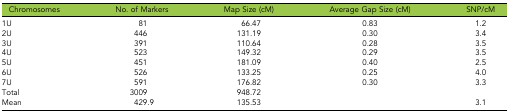
<table><thead><tr><td><b>Chromosomes</b></td><td><b>No. of Markers</b></td><td><b>Map Size (cM)</b></td><td><b>Average Gap Size (cM)</b></td><td><b>SNP/cM</b></td></tr></thead><tbody><tr><td>1U</td><td>81</td><td>66.47</td><td>0.83</td><td>1.2</td></tr><tr><td>2U</td><td>446</td><td>131.19</td><td>0.30</td><td>3.4</td></tr><tr><td>3U</td><td>391</td><td>110.64</td><td>0.28</td><td>3.5</td></tr><tr><td>4U</td><td>523</td><td>149.32</td><td>0.29</td><td>3.5</td></tr><tr><td>5U</td><td>451</td><td>181.09</td><td>0.40</td><td>2.5</td></tr><tr><td>6U</td><td>526</td><td>133.25</td><td>0.25</td><td>4.0</td></tr><tr><td>7U</td><td>591</td><td>176.82</td><td>0.30</td><td>3.3</td></tr><tr><td>Total</td><td>3009</td><td>948.72</td><td></td><td></td></tr><tr><td>Mean</td><td>429.9</td><td>135.53</td><td></td><td>3.1</td></tr></tbody></table>